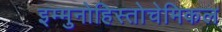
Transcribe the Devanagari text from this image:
इम्मुनोहिस्तोचेमिकल